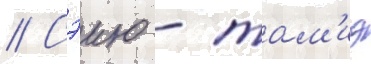
// Сэию - там'иэ